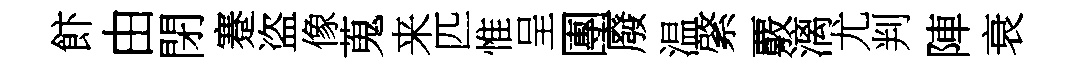
飰由閉蹇盗像蒐来匹惟呈團廢温綮覈漓尤判陣衰